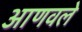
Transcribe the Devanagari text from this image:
आणवले